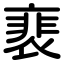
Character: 裵